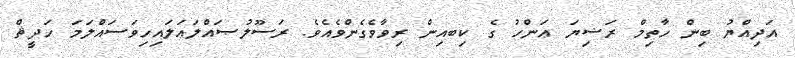
އަދިއްޔު ބިން ހާތިމް ރަޟިޔަ ޢަންހު ގެ ކިބއިން ރިވާވެގެންވެެއެވެ. ރަސޫލުޞައްލަޢަލައިހިވަސައްލަމަ ހަދީޘް